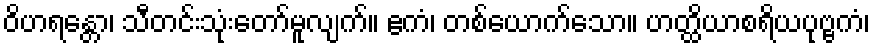
ဝိဟရန္တော၊ သီတင်းသုံးတော်မူလျက်။ ဧကံ၊ တစ်ယောက်သော။ ဟတ္ထိယာစရိယပုဗ္ဗကံ၊